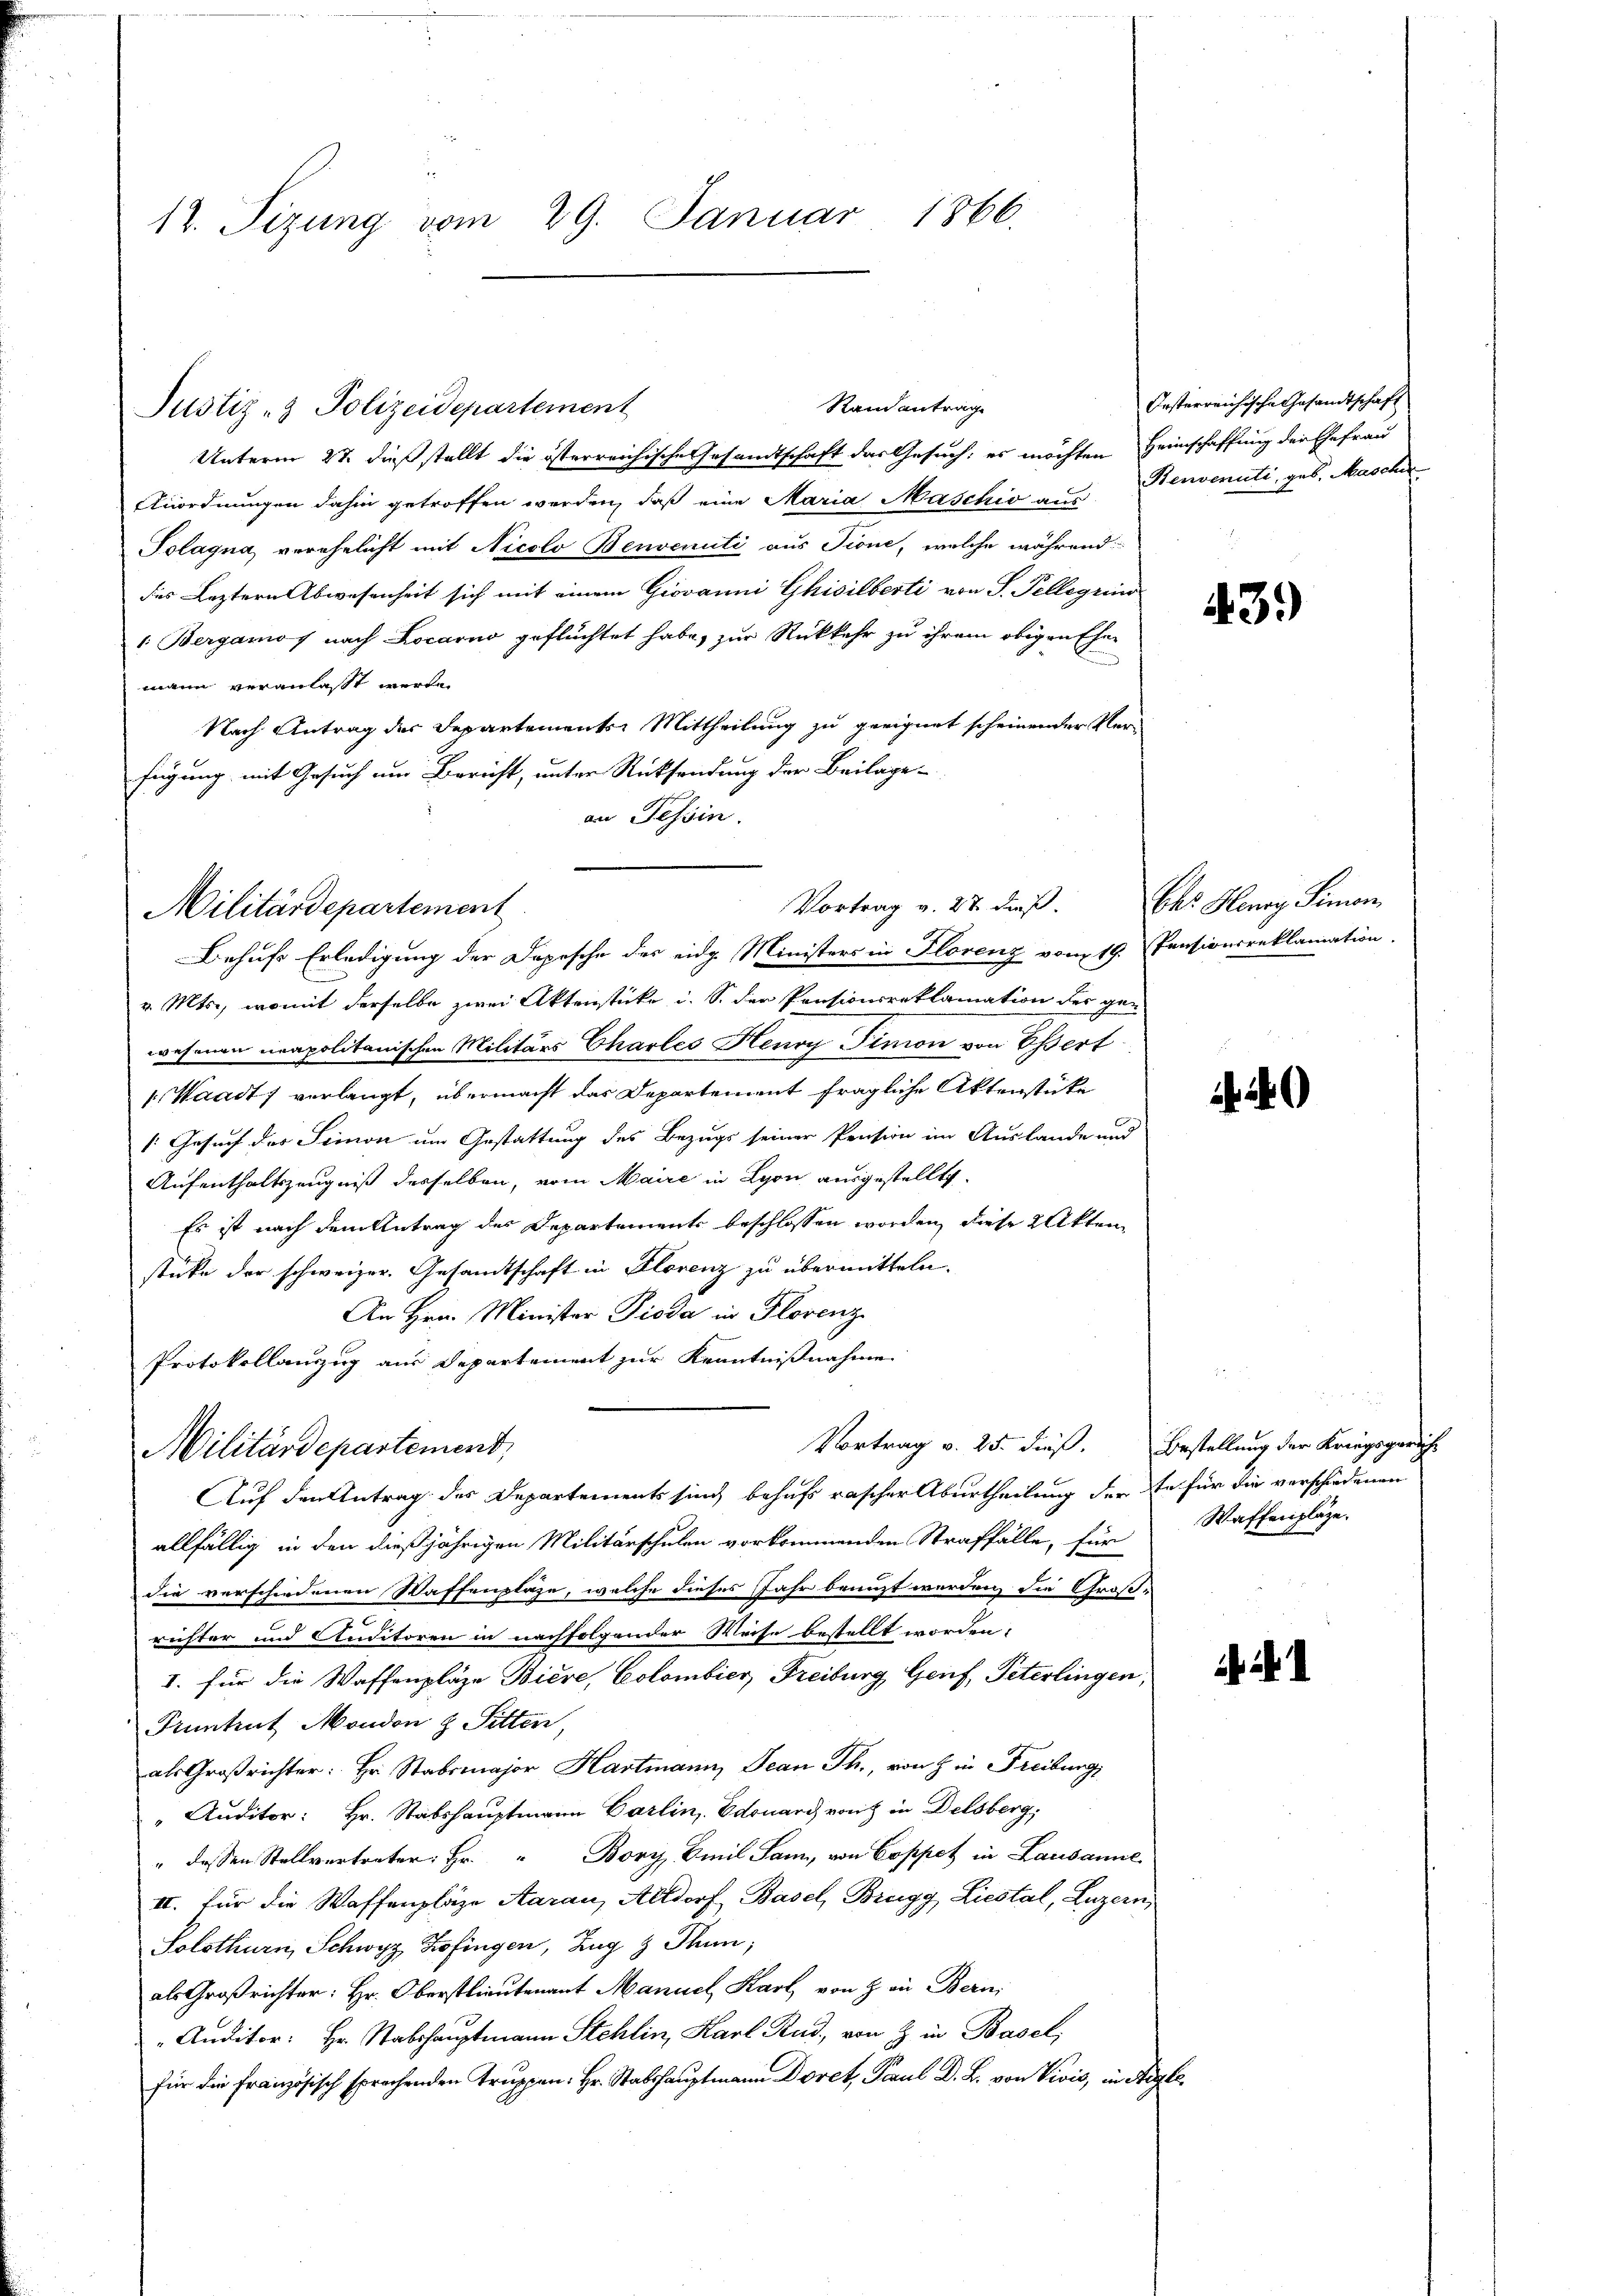
12. Sizung vom 29. Januar 1866.

Justiz- & Polizeidepartement

Unterm 27. dieß stellt die österreichische Gesandtschaft das Gesuch: es möchten Heimschaffung der Gefrau
Anordnungen dahin getroffen werden, daß eine Maria Maschiv aus Benvenuti, geb. Mascher
Tolagna verehelicht mit Nicolo Benvenuti aus Tione, welche während
des Leztern Abwesenheit sich mit einem Giovanni Ghisilberti von S. Pelligrins
1. Bergamos nach Locarno geflüchtet habe, zur Rückkehr zu ihrem obigen Eher
mann veranlasst werde
Nach Antrag der Departemente Mittheilung zu geeignet scheinender Verfügung mit Gesuch um Bericht, unter Rücksendung der Beilage-
an Tessin.
v. Mts., womit derselbe zwei Aktenstücke i. S. der Pensionsreklamation der ge-
wesenen neapolitanischen Militärs Charles Henry Finion von Osert
1. Waadt, verlangt, übermacht das Departement fragliche Aktenstüke
: Gesuch des Stimon um Gestattung des Bezugs seiner Pension im Auslande und
Aufenthaltszeugniß desselben, vom Maire in Lyon ausgestellte.
Es ist nach dem Antrag des Departements beschlossen worden, diese 2 Akten
sticke der schweizer. Gesamtschaft in Florenz zu übermitteln.
An Hrn. Minister Pioda in Florenz
Protokollanzug aus Departement zur Kenntnißnahme
Vortrag v. 25. dieß. Bestellung der Kriegsgerich
Militärdepartement,
Auf den Antrag des Departements sind behufs rascher Aburtheilung der Ste für die verschiedenen
allfällig in den dießjährigen Militärschulen vorkommenden Straffälle, für
die verschiedenen Waffenplätze, welche dieses Jahr benuzt werden, die Großrichter und Anditoren in nachfolgender Weise bestellt worden.
1. für die Waffenpläge Biere, Colombier, Freiburg Genf, Peterlingen,
Pruntrut Mondon & Sitten,
als Großrichter: Hr. Stabsmajor Hartmann, Jean Th., von in Freiburg
" Auditor: Hr. Stabshauptmann Carlin, Edouard von in Delsberg,
" dessen Stellvertreter: Hr. Bory, Emil Sam, von Coppet in Lausanne
II. Für die Waffenplaze Aarau, Altdorf Basel, Brugg Liestal, Luzern
Solothurn, Schwyz Zofingen, Zug & Thun,
als Großrichter: Hr. Oberstlieutenant Manuel Karl von 3 an Bern,
"Anditor: Hr. Stabshauptmann Stehlin, Karl Rud. von Z. in Basel,
  ..  ..  Vivis, in A

Vortrag v. 27. dieß.
Militärdepartement
Behufs Erledigung der Depesche des eidg. Ministers in Florenz vom 19. Pensionsreklamation

Randantrag

Oesterreichische Gesandtschaft

3.)

Chr. Henry Simon

0

Waffenpläge.